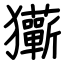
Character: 玂